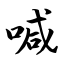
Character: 喊